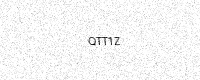
Text: QTT1Z